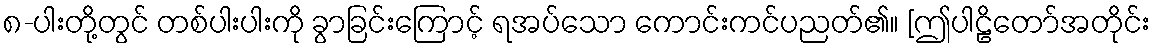
၈-ပါးတို့တွင် တစ်ပါးပါးကို ခွာခြင်းကြောင့် ရအပ်သော ကောင်းကင်ပညတ်၏။ [ဤပါဠိတော်အတိုင်း